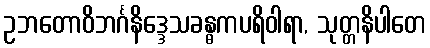
ဥဘတောဝိဘင်္ဂနိဒ္ဒေသခန္ဓကပရိဝါရာ, သုတ္တနိပါတေ